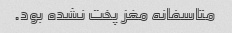
متاسفانه مغز پخت نشده بود‌.